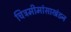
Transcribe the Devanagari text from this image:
चित्रमीमांसाखंडन